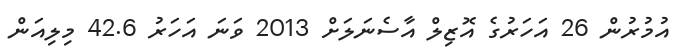
އުމުރުން 26 އަހަރުގެ އޮޒިލް އާސެނަލަށް 2013 ވަނަ އަހަރު 42.6 މިލިއަން